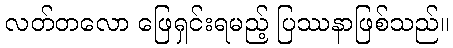
လတ်တလော ဖြေရှင်းရမည့် ပြဿနာဖြစ်သည်။